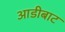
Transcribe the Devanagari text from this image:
आडीबाट